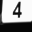
Digit: 4